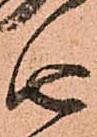
由